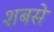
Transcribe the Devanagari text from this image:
शबसे